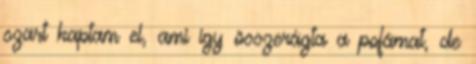
szart kaptam el, ami így összerágta a pofámat, de